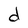
Character: d